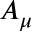
A _ { \mu }